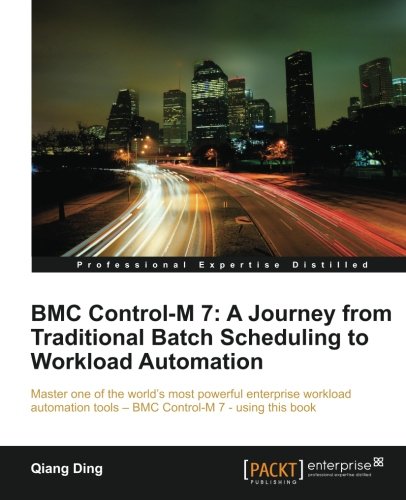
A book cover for BMC Control-M 7: A Journey from Traditional Batch Scheduling to Workload Automation; Qiang Ding; Computers & Technology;